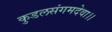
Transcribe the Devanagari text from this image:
कुडलसंगमदेवा।।